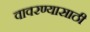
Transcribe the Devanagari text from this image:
वावरण्यासाठी